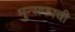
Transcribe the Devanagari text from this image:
मुन्सफाची